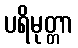
ပရိမုတ္တာ